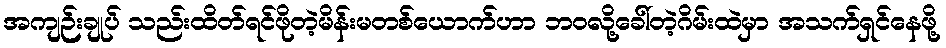
အကျဉ်းချုပ် သည်းထိတ်ရင်ဖိုတဲ့မိန်းမတစ်ယောက်ဟာ ဘဝလို့ခေါ်တဲ့ဂိမ်းထဲမှာ အသက်ရှင်နေဖို့